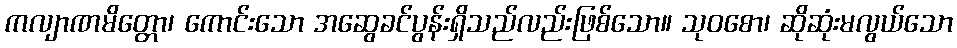
ကလျာဏမိတ္တော၊ ကောင်းသော အဆွေခင်ပွန်းရှိသည်လည်းဖြစ်သော။ သုဝစော၊ ဆိုဆုံးမလွယ်သော